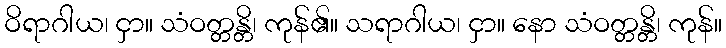
ဝိရာဂါယ၊ ငှာ။ သံဝတ္တန္တိ၊ ကုန်၏။ သရာဂါယ၊ ငှာ။ နော သံဝတ္တန္တိ၊ ကုန်။